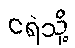
ငရဲသို့